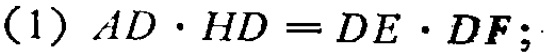
(1) \(AD\cdot HD = DE\cdot DF\);